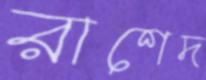
রাশেদ